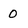
Character: 0